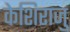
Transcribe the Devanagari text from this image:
केशिराजु